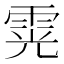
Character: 䨔